Indian journal of veterinary science and animal husbandry - Volumes 22-23, 1952-1953
Year: 1952
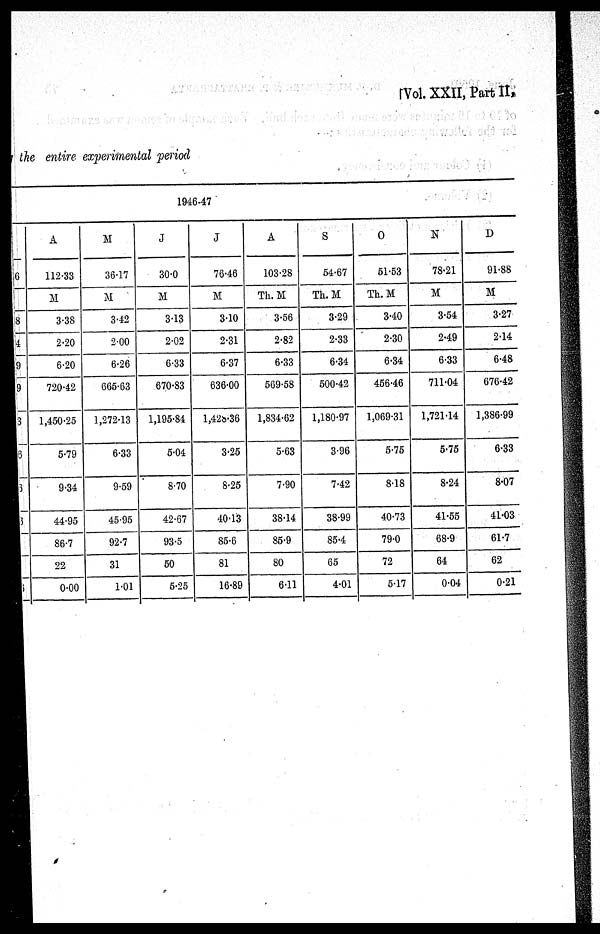
Vol. XXII, Part II,
the entire experimental period
1946-47
A
112.33
M
3.38
2.20
6.20
720.42
1,450.25
5.79
9.34
44.95
86.7
22
0.00
M
36.17
M
3.42
2.00
6.26
665.63
1,272.13
6.33
9.59
45.95
92.7
31
1.01
J
30.0
M
3.13
2.02
6.33
670.83
1,195.84
5.04
8.70
42.67
93.5
50
5.25
J
76.46
M
3.10
2.31
6.37
636.00
1,428.36
3.25
8.25
40.13
85.6
81
16.89
A
103.28
Th. M
3.56
2.82
6.33
569.58
1,834.62
5.63
7.90
38.14
85.9
80
6.11
S
54.67
Th. M
3.29
2.33
6.34
500.42
1,180.97
3.96
7.42
38.99
85.4
65
4.01
O
51.53
Th. M
3.40
2.30
6.34
456.46
1,069.31
5.75
8.18
40.73
79.0
72
5.17
N
78.21
M
3.54
2.49
6.33
711.04
1,721.14
5.75
8.24
41.55
68.9
64
0.04
D
91.88
M
3.27
2.14
6.48
676.42
1,386.99
6.33
8.07
41.03
61.7
62
0.21